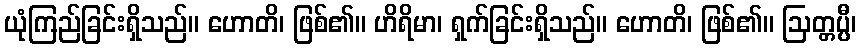
ယုံကြည်ခြင်းရှိသည်။ ဟောတိ၊ ဖြစ်၏။ ဟိရိမာ၊ ရှက်ခြင်းရှိသည်။ ဟောတိ၊ ဖြစ်၏။ ဩတ္တပ္ပီ၊